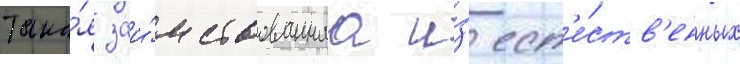
Така́я заи́мствованнаа и́з ест'е́ств'енных